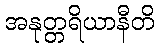
အနုတ္တရိယာနီတိ